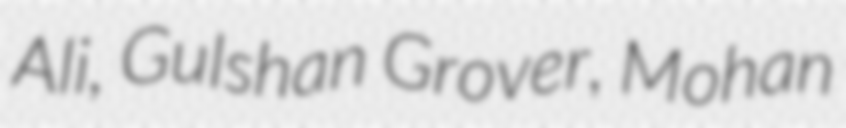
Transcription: Ali, Gulshan Grover, Mohan